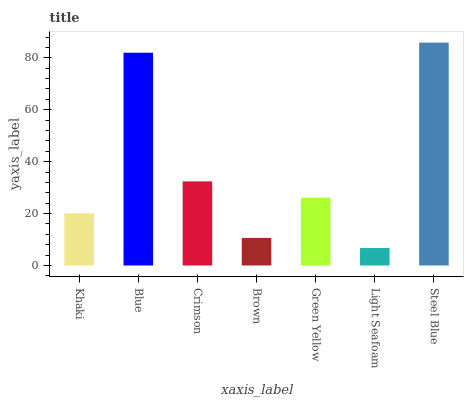
| xaxis_label | bars |
 | --- | --- |
 | Khaki | 20.1 |
 | Blue | 81.9 |
 | Crimson | 32.4 |
 | Brown | 10.6 |
 | Green Yellow | 26.1 |
 | Light Seafoam | 6.73 |
 | Steel Blue | 85.8 |